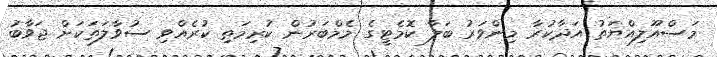
މަސްއޫލިއްޔަތު އަދާކުރާ މިންވަރު ބަލާ ކޮމެޓީގެ މެމްބަރުން ކުރިމަތި ކުރެއްވި ސުވާލަތަކަށް ޖަވާބު